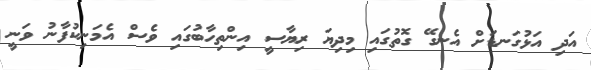
އަދި އަޅުގަނޑަށް އެނގޭ ގޮތުގައި މިދިޔަ ރިޔާސީ އިންތިހާބުގައި ވެސް އެމަނިކުފާނު ވަނީ